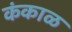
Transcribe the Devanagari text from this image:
कंकाळ